Vaccination returns of the Province of Eastern Bengal and Assam - 1905-1912
Year: 1905
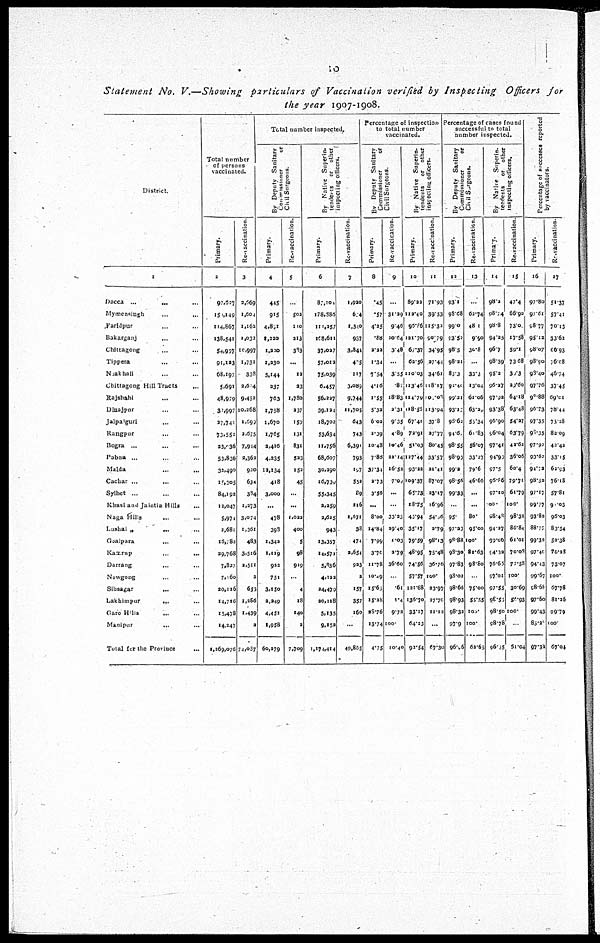
10
Statement No. V.—Showing particulars of Vaccination verified by Inspecting Officers for
the year 1907-1908.
District.
1
Dacca ... ... ...
Mymensingh
...
...
Faridpur ... ...
Bakarganj ... ...
Chittagong ... ...
Tippera ... ...
Noakhali ... ...
Chittagong Hill Tracts ...
Rajshahi ... ...
Dinajpur ... ...
Jalpaiguri ... ...
Kangpur ... ...
Bogra ... ...
Pabna ... ...
Malda ... ...
Cachar ... ...
Sylhet ... ...
Khasi and Jaintia Hills ...
Naga Hills ... ...
Lushai „
...
...
Goalpara
...
...
Kamrup
...
...
Darrang ... ...
Nowgong ... ...
Sibsagar ... ...
Lakhimpur
...
...
Garo Hills ... ...
Manipur
...
...
Total for the Province ...
Total number
of persons
vaccinated.
Primary.
2
97,627
150,149
114,867
138,541
54,957
91,123
68,197
5,691
48,979
30,997
27,741
73,552
23,036
53,836
32,490
10,305
84,192
12,047
5,974
2,681
16,782
29,768
7,827
7,160
20,116
14,716
15,478
14,247
1,269,076
Re-vaccination.
3
3,669
1,604
1,162
1,032
10,997
1,731
338
2,604
9,452
10,268
1,690
2,675
7,944
2,362
920
634
304
1,273
3,074
1,361
483
3,516
2,511
2
655
1,286
1,439
2
74,087
Total number Inspected.
By Deputy Sanitary
Commissioner
or
Civil Surgeons.
Primary.
4
445
915
4,801
1,220
1,220
1,230
5,144
237
763
1,758
1,670
1,765
2,416
4,235
12,134
418
3,000
...
478
398
1,342
1,119
922
751
3,150
2,249
4,451
1,958
60,279
Re-vaccination.
5
...
502
110
213
383
...
12
23
1,780
237
159
131
831
523
152
45
...
...
1,022
400
5
98
919
...
4
18
140
2
7,709
By Native Superin-
tendents or other
inspecting officers.
Primary.
6
87,100
178,386
111,257
168,611
37,027
57,012
75,039
6,457
56,227
39,124
18,702
53,634
11,756
68,607
30,290
16,739
55,345
2,259
2,625
943
13,357
14,571
5,836
4,122
24,479
20,118
5,135
9,152
1,174,414
Re-vaccination.
7
1,920
6.4
1,340
937
3,841
405
117
3,089
9,744
11,705
643
743
6,391
793
197
552
89
216
1,671
38
474
2,654
923
3
157
357
160
...
49,865
Percentage of inspection
to total number
vaccinated.
By Deputy Sanitary
Commissioner
or
Civil Surgeons.
Primary.
8
.45
.57
4.25
.88
2.22
1.34
7.54
4.16
1.55
5.32
6.02
2.39
10.43
7.86
37,34
2,730
3.56
...
8.00
14.84
7.99
3.70
11.78
10.49
15.60
15.28
28.76
13.74
4.75
Re-vaccination
9
...
31.29
9.46
20.64
3.48
...
3.55
.87
18.83
2.31
9.35
4.89
10.46
22.14
16.52
7.09
...
...
33.25
29.40
1.03
2.79
36.60
...
.61
1.4
9.72
100.
10.40
By Native Superin-
tendents
or other
inspecting officers.
Primary.
10
89.22
112.40
95.86
121.70
67.37
62.56
110.03
113.46
114,70
118.55
67.41
72.91
51.03
127.44
93.22
109.37
65.73
18.75
43.94
35.17
79.59
48.95
74.56
57.57
121.68
136.70
33.17
64.23
92.54
Re-vaccination.
11
71.93
39.53
115.32
90.79
34.95
27.44
34.61
118.17
10.03
113.94
37.8
27.77
80.45
33.57
21.41
87.07
23.17
16.96
54.06
2.79
98.13
75.48
36.70
100.
23.97
27.70
11.12
...
67.30
Percentage of cases found
successful to total
number inspected.
By Deputy Sanitary
Commissioner
or
Civil Surgeons.
Primary.
12
93.1
93.68
99.0
93.50
98.5
98.21
85.3
92.40
99.21
93.17
93.62
94.6.
98.55
98.93
99.2
98.56
99.33
...
95.
97.23
98.88
98.30
97.83
93.02
98.66
98.93
98.32
97.9
96.96
Re-vaccination.
13
...
62.74
48.1
9.90
30.8
...
33.3
13.04
61.06
63.20
55.34
61.83
56.07
33.27
79.6
46.66
...
...
80.
95.00
100.
81.63
98.80
...
75.00
55.55
100.
100.
62.65
By Native Superin-
tendents
or other
inspecting officers.
Primary.
14
98.2
98.74
98.8
94.25
96.7
98.39
95.2
96.27
97.92
93.38
96.90
96.04
97.41
94.90
97.5
96.86
97.10
00.
98.48
94.27
99.06
94.02
76.65
97.01
97.55
98.55
98.50
98.78
96.05
Re-vaccination.
15
47.4
66.90
73.0
17.58
59.1
73.68
30.3
20.60
64.18
63.48
54.27
63.79
43.62
36.06
60.4
79.71
61.79
100.
98.32
86.84
61.01
70.08
72.58
100.
30.69
50.93
100.
...
51.04
Percentage of successes reported
by vaccinators.
Primary.
16
97.80
97.61
98.77
95.12
98.07
98.90
98.40
97.76
90.88
96.73
97.35
98.35
97.92
93.62
94.72
98.52
97.17
99.77
93.82
88.77
99.32
97.40
94.43
99.67
98.68
97.60
99.43
80.20
97.32
Re-vaccination.
17
51.37
57.41
70.13
33.62
60.93
76.08
46.74
37.45
69.01
78.44
73.28
82.09
42.42
33.15
62.93
76.18
57.81
90.03
96.03
83.54
52.38
76.28
73.07
100.
67.78
81.26
99.79
100.
67.04